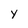
Character: y